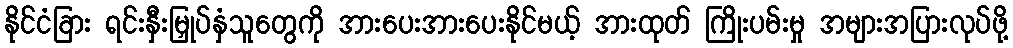
နိုင်ငံခြား ရင်းနှီးမြှုပ်နှံသူတွေကို အားပေးအားပေးနိုင်မယ့် အားထုတ် ကြိုးပမ်းမှု အများအပြားလုပ်ဖို့